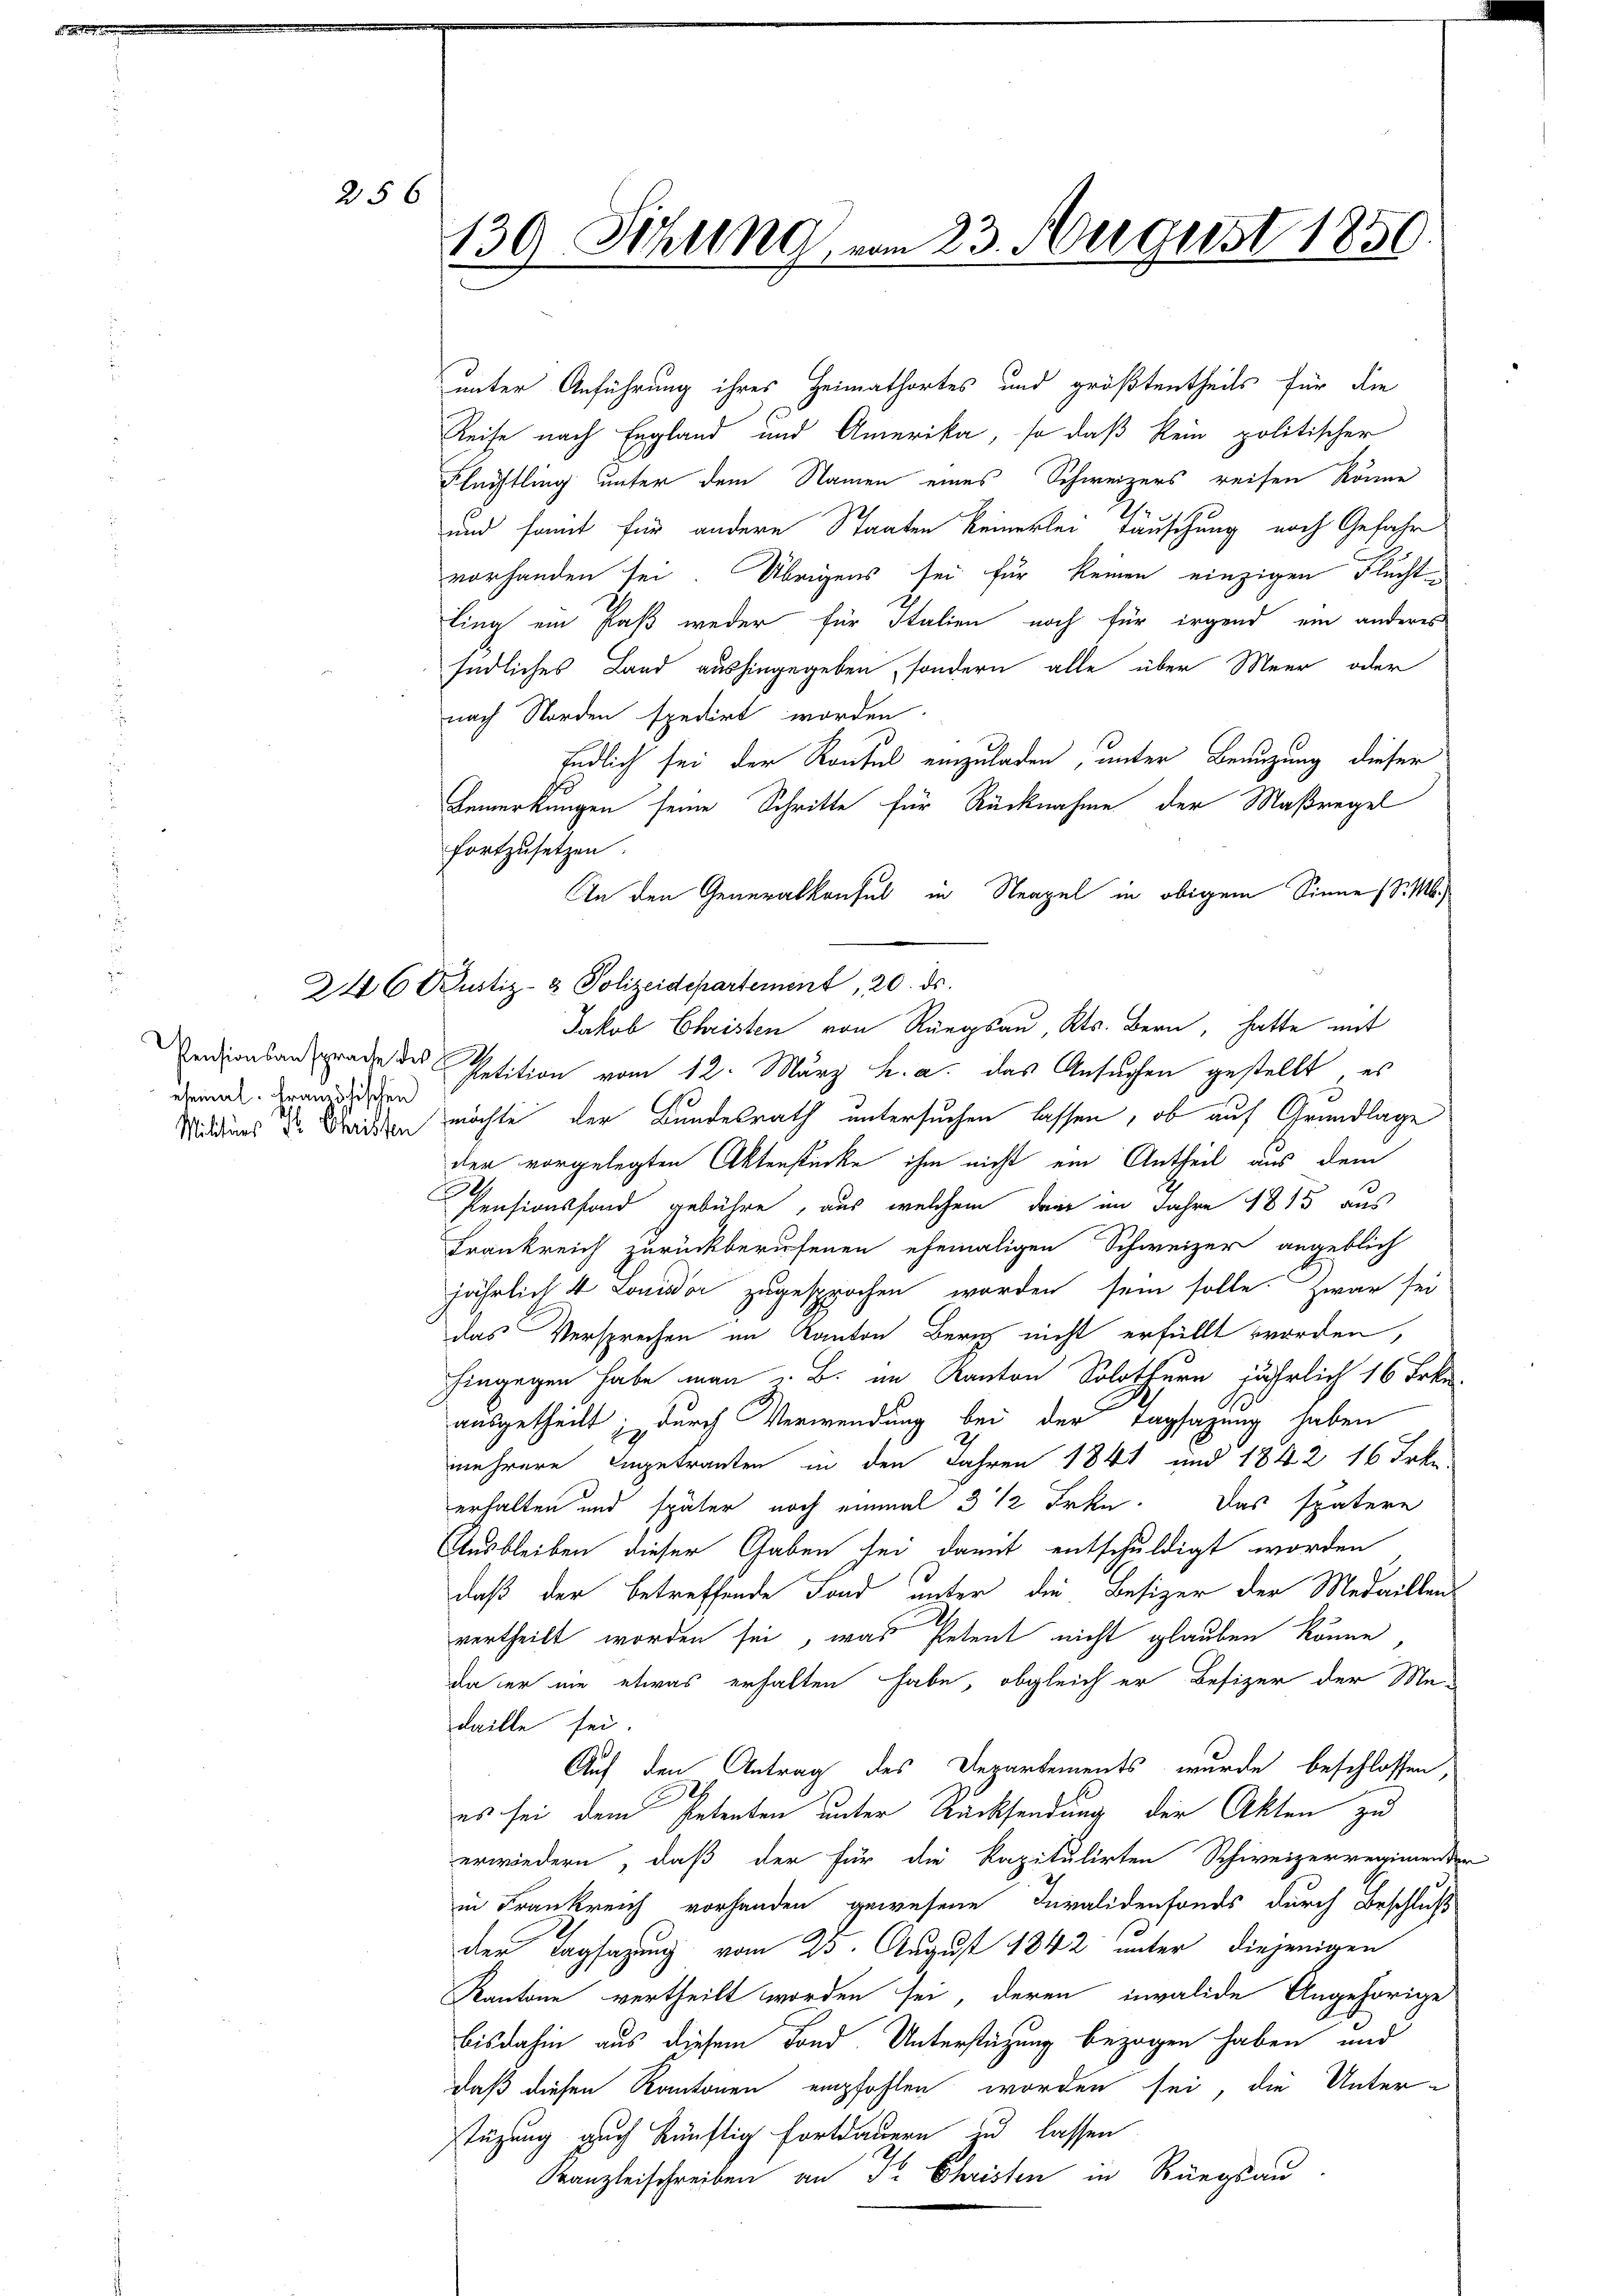
2

56

ehemal. Französischen

139. Schling vom 23. August 1850.

246 Prustiz- & Polizeidepartement, 20. ds.

unter Anführung ihres Heimathortes und größtentheils für die
Reise nach England und Amerika, so daß kein politischer
Flüchtling unter dem Namen eines Schweizers reifen könne
h
und somit für andere Staaten keinerlei Tauschung noch Gefahr
vorhanden sei. Übrigens sei für keinen einzigen Flucht-
ling ein Paß weder für Italien noch für irgend ein anderes
südliches Land aushingegeben, sondern alle über Meer oder
nach Norden spedirt worden.
Endlich sei der Kontul einzuladen, unter Benuzung dieser
Bemerkungen seine Schritte für Rücknahme der Maßregel
fortzusetzen.
An den Generalkonsul in Neapel in obigem Sinne (S. M.
Jakob Christen von Rüegsau, Kts. Bern, hatte mit
Endionsangerade des Petition vom 12. März h. a. das Ansuchen gestellt, es
Mudiens der Beiden möchte der Bundesrath untersuchen lassen, ob auf Grundlage
der vorgelegten Aktenstücke ihm nicht ein Antheil aus dem
Pensionsfond gebühre, aus welchem dann im Jahre 1815 aus
Frankreich zurückberufenen ehemaligen Schweizer angeblich
jährlich 4 Louisdor zugesprochen worden sein solle. Zwar sei
das Versprechen im Kanton Bern nicht erfüllt worden,
hingegen habe man B. im Kanton Solothurn jährlich 16 Frkn.
ausgetheilt; durch Verwendung bei der Tagsazung haben
mehrere Eingetrauten in den Jahren 1841 und 1842 16 Frkn.
erhalten und später noch einmal 3 1/2 Frkn. Das spätere
Ausbleiben dieser Gaben sei damit entschuldigt worden
daß der betreffende Fond unter die Besizer der Medaillenvertheilt worden sei, was Petent nicht glauben könne
da er nie etwas erhalten habe, obgleich er Besizer der Me-
daille sei.
Auf den Antrag des Departements wurde beschlossen,
es sei dem Petenten unter Rücksendung der Akten zu
erwiedern, daß der für die Kapitulirten Schweizerregimender
in Frankreich vorhanden gewesene Invalidenfonds durch Beschluß
der Tagsazung vom 23. August 1842 unter diejenigen
Kantone vertheilt worden sei, deren invalide Angehörige
bisdahin aus diesem Fond Unterstützung bezogen haben und
daß diesen Kantonen empfohlen worden sei, die Unterstüzung auch künftig fortdauern zu lassen
Kanzleischreiben an Sr. Christen in Rüegsau